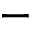
-